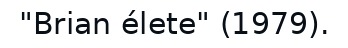
"Brian élete" (1979).